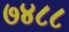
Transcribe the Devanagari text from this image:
७४८८